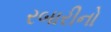
રબારીનો